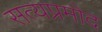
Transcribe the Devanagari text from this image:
सत्यप्रमोद